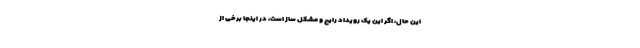
این حال، اگر این یک رویداد رایج و مشکل ساز است، در اینجا برخی از